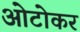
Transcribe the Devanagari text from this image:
ओटोकर